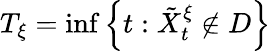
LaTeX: T_{\xi}=\operatorname*{inf}\left\{ t:\tilde{X}_{t}^{\xi}\notin D\right\}